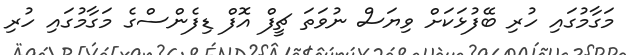
މަގާމުގައި ހުރި ބޭފުޅަކަށް ވިޔަސް ނުވަތަ ޗީފް އޮފް ޑިފެންސްގެ މަގާމުގައި ހުރި